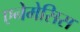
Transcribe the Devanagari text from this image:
एनेमेसिस